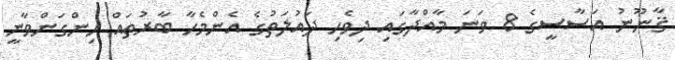
ޤާނޫނު އަސާސީގެ 8 ވަނަ މާއްދާގައި ދިވެހި ދައުލަތުގެ އެންމެހާ ބާރުތައް ހިންގަންވާނީ